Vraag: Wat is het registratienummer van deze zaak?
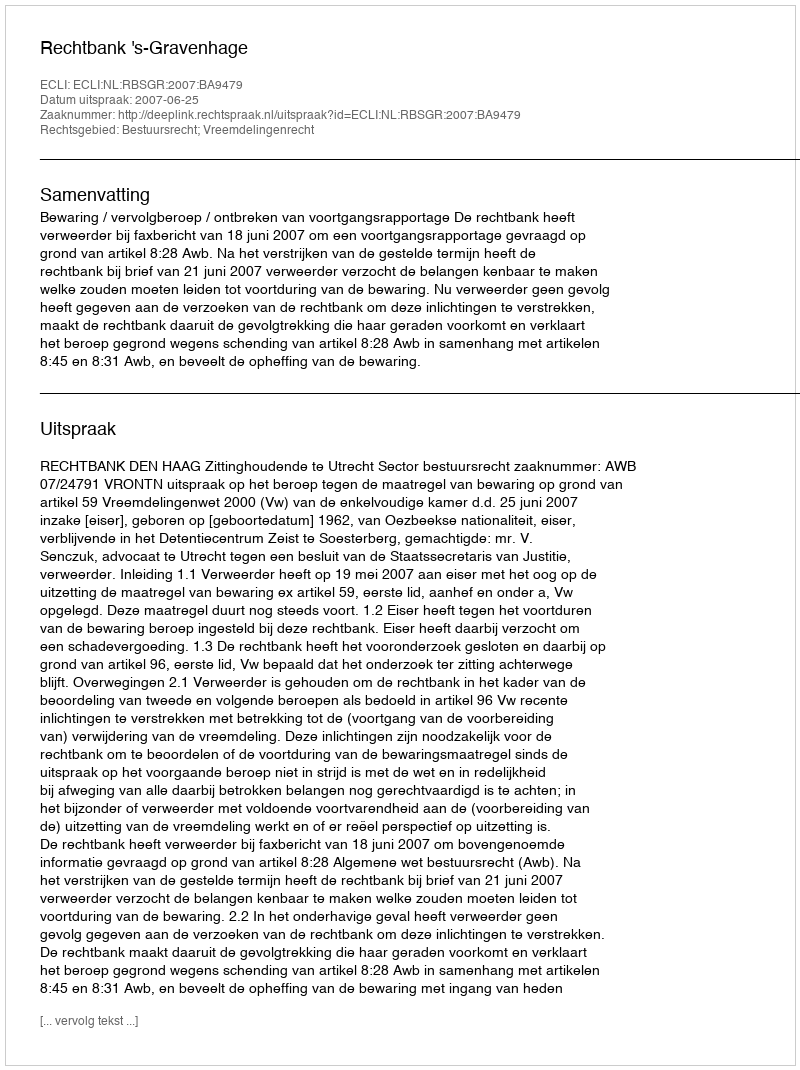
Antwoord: http://deeplink.rechtspraak.nl/uitspraak?id=ECLI:NL:RBSGR:2007:BA9479